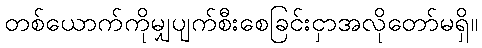
တစ်ယောက်ကိုမျှပျက်စီးစေခြင်းငှာအလိုတော်မရှိ။